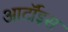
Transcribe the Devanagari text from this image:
आर्टॉइस